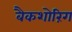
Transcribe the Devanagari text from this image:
बैकशोरिंग